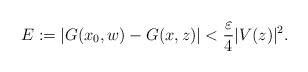
LaTeX: \begin{align*}E:=|G(x_0,w)-G(x,z)|<\frac{\varepsilon}{4} |V(z)|^2.\end{align*}